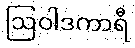
ဩဝါဒကာရီ